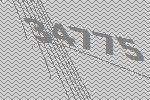
34775